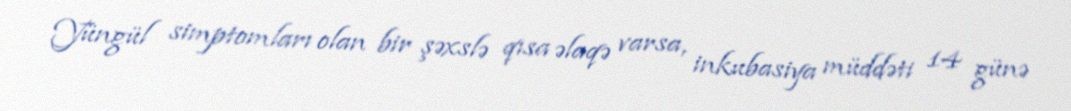
Yüngül simptomları olan bir şəxslə qısa əlaqə varsa, inkubasiya müddəti 14 günə